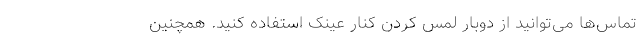
تماس‌ها می‌توانید از دوبار لمس کردن کنار عینک استفاده کنید. همچنین